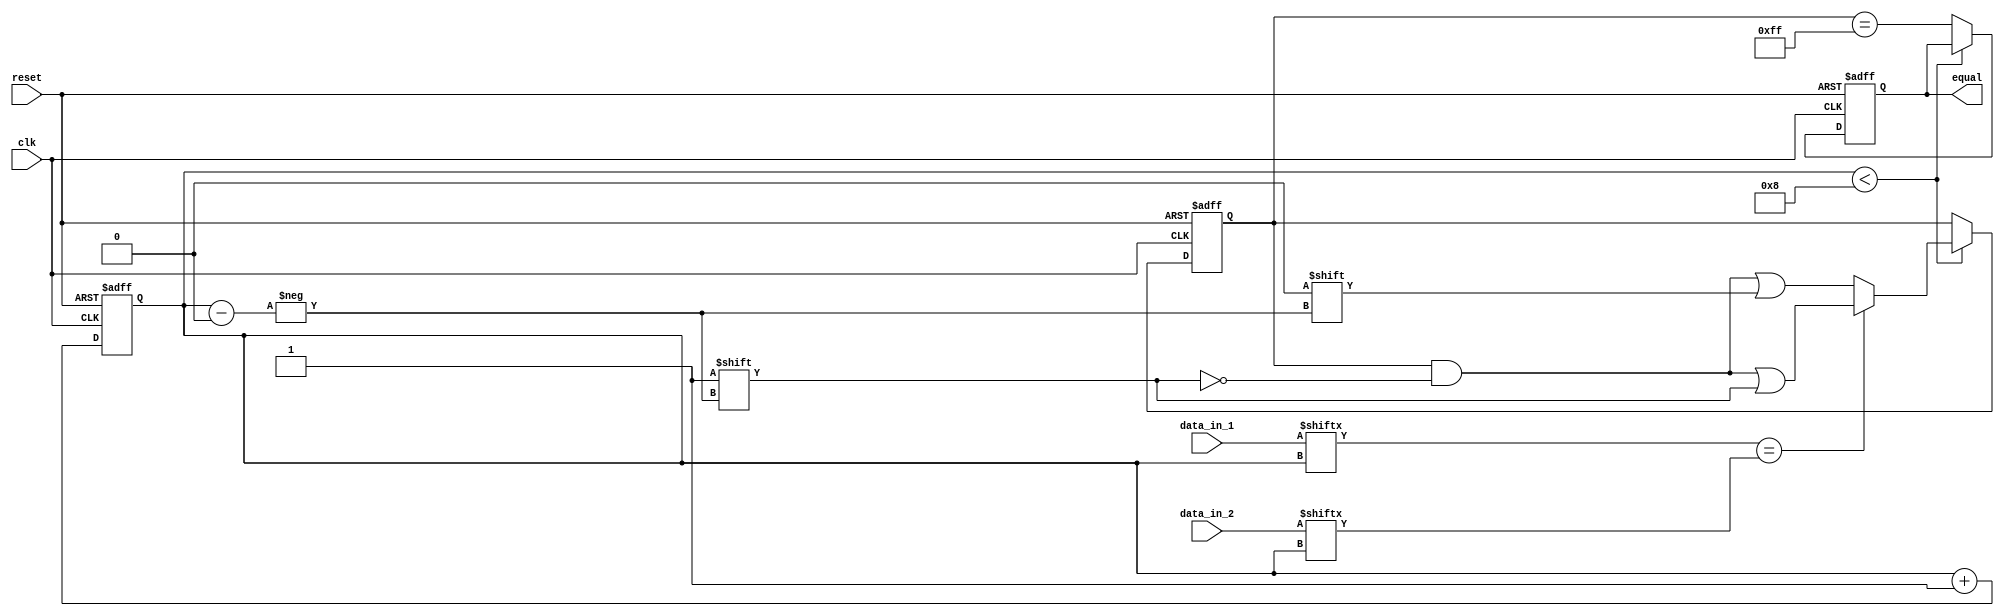
module Serial_Comparator (
    input wire clk,
    input wire reset,
    input wire [7:0] data_in_1,
    input wire [7:0] data_in_2,
    output reg equal
);

reg [7:0] temp;
reg [7:0] result;

always @(posedge clk or posedge reset) begin
    if (reset) begin
        temp <= 8'b0;
        result <= 8'b0;
        equal <= 1'b0;
    end else begin
        temp <= temp + 1;
        if (temp < 8) begin
            if (data_in_1[temp] == data_in_2[temp]) begin
                result[temp] <= 1'b1;
            end else begin
                result[temp] <= 1'b0;
            end
        end else begin
            equal <= (result == 8'b11111111);
        end
    end
end

endmodule